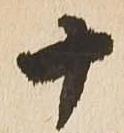
十